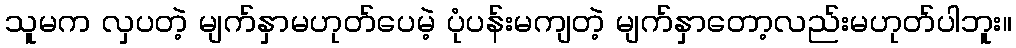
သူမက လှပတဲ့ မျက်နှာမဟုတ်ပေမဲ့ ပုံပန်းမကျတဲ့ မျက်နှာတော့လည်းမဟုတ်ပါဘူး။